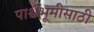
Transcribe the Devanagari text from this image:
पार्श्वभूमीसाठी